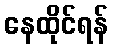
နေထိုင်ရန်